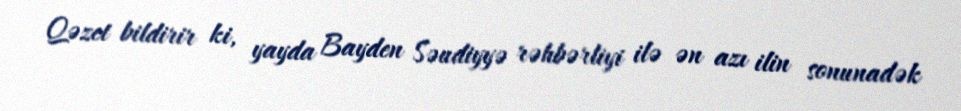
Qəzet bildirir ki, yayda Bayden Səudiyyə rəhbərliyi ilə ən azı ilin sonunadək